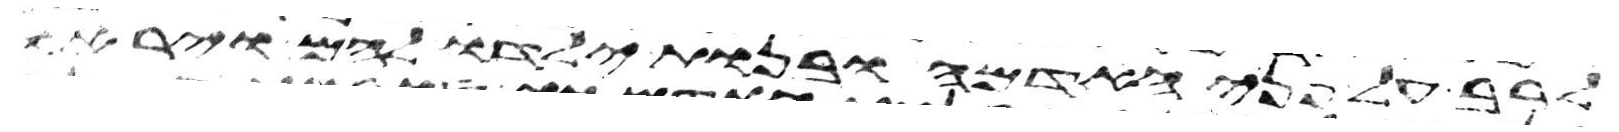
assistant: לרב על פני האדמה ובנות ילדו להם ויראו